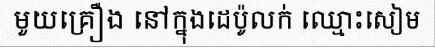
មួយគ្រឿង នៅក្នុងដេប៉ូលក់ ឈ្មោះសៀម